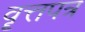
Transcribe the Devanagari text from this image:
वॄत्तपत्र